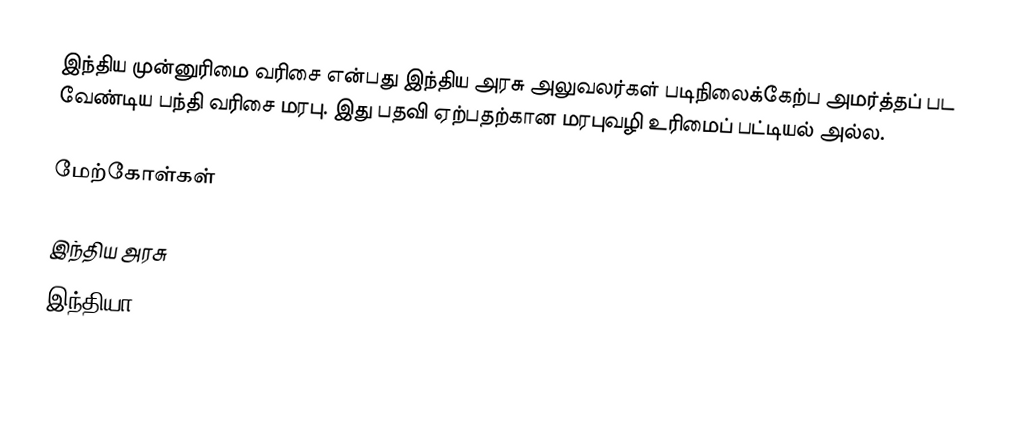
இந்திய முன்னுரிமை வரிசை என்பது இந்திய அரசு அலுவலர்கள் படிநிலைக்கேற்ப அமர்த்தப் பட வேண்டிய பந்தி வரிசை மரபு. இது பதவி ஏற்பதற்கான மரபுவழி உரிமைப் பட்டியல் அல்ல.

மேற்கோள்கள்

இந்திய அரசு
இந்தியா